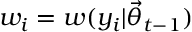
w _ { i } = w ( y _ { i } | \ensuremath { \vec { \theta } } _ { t - 1 } )